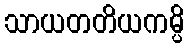
သာယတတိယကမ္ပိ